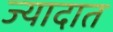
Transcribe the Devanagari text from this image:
ज्यादात